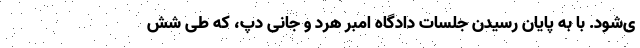
ی‌شود. با به پایان رسیدن جلسات دادگاه امبر هرد و جانی دپ، که طی شش